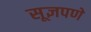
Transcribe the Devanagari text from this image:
सूज्ञपणे